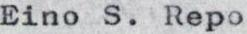
Eino S. Repo